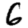
Digit: 6